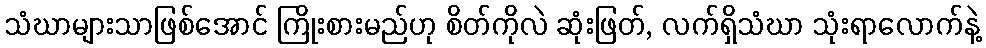
သံဃာများသာဖြစ်အောင် ကြိုးစားမည်ဟု စိတ်ကိုလဲ ဆုံးဖြတ်, လက်ရှိသံဃာ သုံးရာလောက်နဲ့